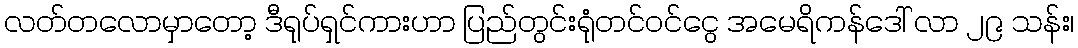
လတ်တလောမှာတော့ ဒီရုပ်ရှင်ကားဟာ ပြည်တွင်းရုံတင်ဝင်ငွေ အမေရိကန်ဒေါ် လာ ၂၉ သန်း၊